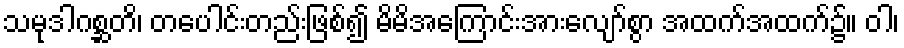
သမုဒါဂစ္ဆတိ၊ တပေါင်းတည်းဖြစ်၍ မိမိအကြောင်းအားလျော်စွာ အထက်အထက်၌။ ဝါ၊